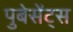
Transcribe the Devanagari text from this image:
पुबेसेंट्स